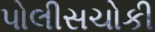
પોલીસચોકી